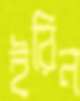
ইরিন